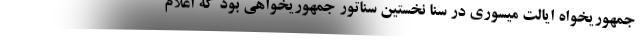
جمهوریخواه ایالت میسوری در سنا نخستین سناتور جمهوریخواهی بود که اعلام